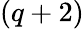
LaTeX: (q+2)